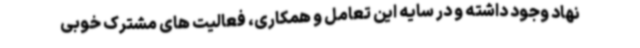
نهاد وجود داشته و در سایه این تعامل و همکاری، فعالیت های مشترک خوبی